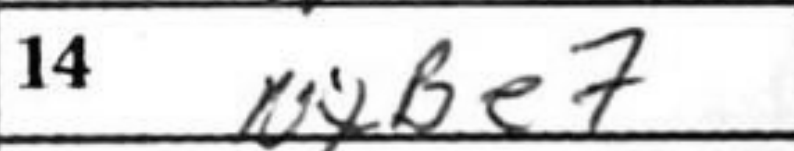
Transcription: NxBe7